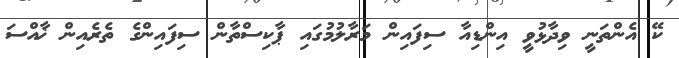
ކޭ އެންތަނީ ވިދާޅުވީ އިންޑިއާ ސިފައިން މަރާލުމުގައި ޕާކިސްތާން ސިފައިންގެ ތެރެއިން ޚާއްސަ